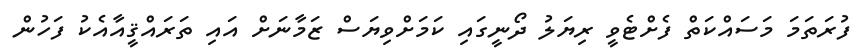
ފުރަތަމަ މަސައްކަތް ފެށްޓެވީ ރިޔަލު ދޯނީގައި ކަމަށްވިޔަސް ޒަމާނަށް އައި ތަރައްޤީއާއެކު ފަހުން